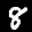
Label: 8